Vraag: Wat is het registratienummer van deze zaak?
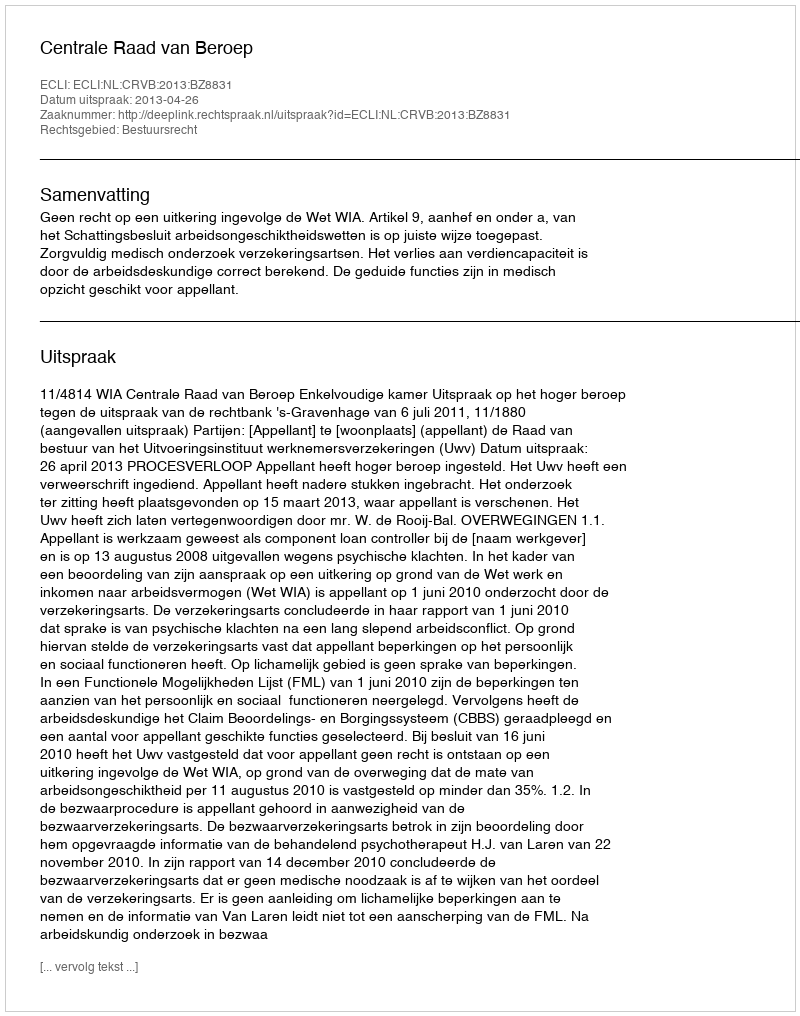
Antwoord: http://deeplink.rechtspraak.nl/uitspraak?id=ECLI:NL:CRVB:2013:BZ8831